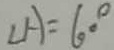
\angle A = 6 0 ^ { \circ }